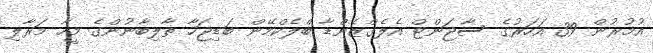
އުމުރުން 39 އަހަރުގެ ސާޖަންޓް އެލެގްޒެންޑާ ބްލެކްމޭން ބަޑިޖަހާ ތާލިބާނުންގެ މީހާ މަރާލި